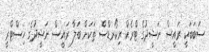
ސަބަބަކީ ރައީސް ނަޝީދުގެ ޓްރެކް ރިކޯރޑްސް ތަކަށް ބަލާ ރައީސް ނަޝީދުގެ ހިސްޓްރީ